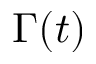
\Gamma ( t )